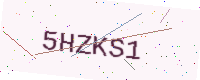
Text: 5HZKS1